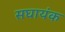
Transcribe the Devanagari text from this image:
सघायंक